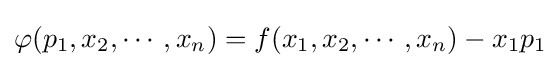
\varphi (p_{1},x_{2},\cdots ,x_{n})=f(x_{1},x_{2},\cdots ,x_{n})-x_{1}p_{1}